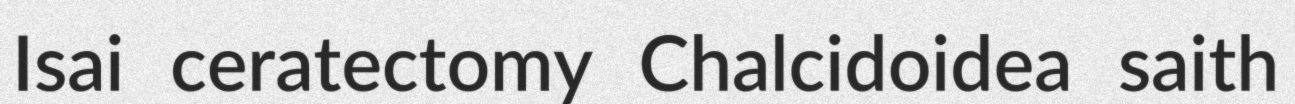
Isai ceratectomy Chalcidoidea saith